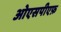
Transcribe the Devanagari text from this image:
ओएसपीएफ़